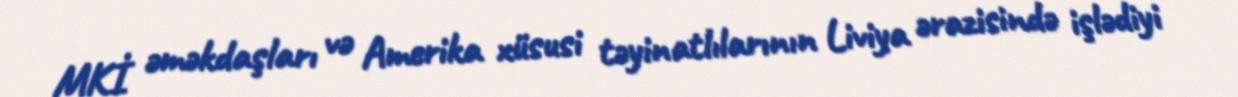
MKİ əməkdaşları və Amerika xüsusi təyinatlılarının Liviya ərazisində işlədiyi